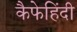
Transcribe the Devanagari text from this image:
कैफेहिंदी